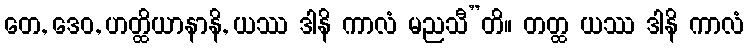
တေ, ဒေဝ, ဟတ္ထိယာနာနိ, ယဿ ဒါနိ ကာလံ မညသီ”တိ။ တတ္ထ ယဿ ဒါနိ ကာလံ